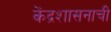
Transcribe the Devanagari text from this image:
केंद्रशासनाची